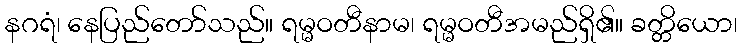
နဂရံ၊ နေပြည်တော်သည်။ ရမ္မဝတီနာမ၊ ရမ္မဝတီအမည်ရှိ၏။ ခတ္တိယော၊